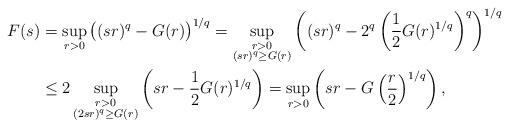
LaTeX: \begin{align*} F(s)&=\sup_{r>0}\big((sr)^q-G(r)\big)^{1/q}=\sup_{\substack{r>0 \\ (sr)^q\geq G(r)}}\left((sr)^q-2^q\left(\frac12 G(r)^{1/q}\right)^q\right)^{1/q}\\ &\leq 2\sup_{\substack{r>0 \\ (2sr)^q\geq G(r)}}\left(sr-\frac12 G(r)^{1/q}\right) =\sup_{r>0}\left(sr-G\left(\frac r2\right)^{1/q}\right),\end{align*}